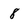
Character: 8